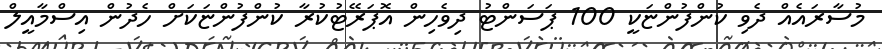
މުސާރައެއް ދެވި ކުންފުންޏަކީ 100 ޕަސަންޓު ދިވެހިން އޮޕަރޭޓުކުރާ ކުންފުންޏަކަށް ހެދުން އިސްމާއީލް